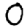
Digit: 0